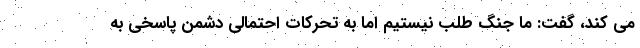
می کند، گفت: ما جنگ طلب نیستیم اما به تحرکات احتمالی دشمن پاسخی به